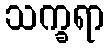
သက္ခရာ